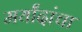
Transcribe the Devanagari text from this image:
मर्यांदांचा